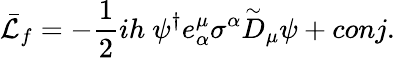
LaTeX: \bar{\cal L}_{f}=-\frac{1}{2}ih~\psi^{\dagger}e_{\alpha}^{\mu}\sigma^{\alpha}\stackrel{\sim}{D}_{\mu}\psi+conj.